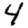
Digit: 4